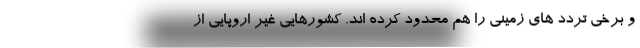
و برخی تردد های زمینی را هم محدود کرده اند. کشورهایی غیر اروپایی از